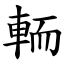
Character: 輀